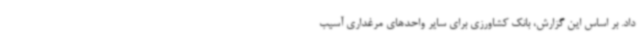
داد. بر اساس این گزارش، بانک کشاورزی برای سایر واحدهای مرغداری آسیب